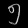
Digit: ၅